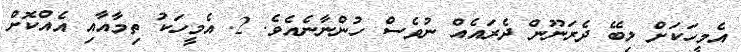
އެމީހަކަށް ލިބޭ ދެރަނޫން ދެރައެއް ނުވެސް ހުންނާނެއެވެ. 2. އެމީހަކު ތިމާއާއި އެއްކޮށް